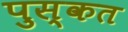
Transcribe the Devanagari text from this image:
पुस्कत